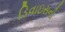
ડિવાઇસની